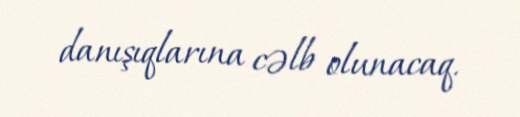
danışıqlarına cəlb olunacaq.